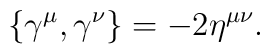
\{ \gamma^\mu,\gamma^\nu \}=-2\eta^{\mu\nu}.